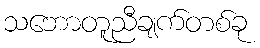
သဘောတူညီချက်တစ်ခု